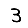
Digit: 3